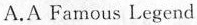
A.A Famous Legend